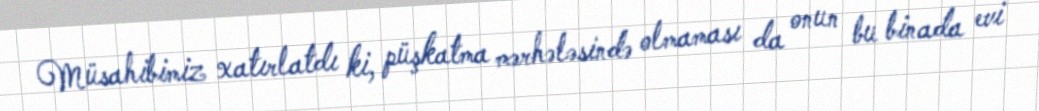
Müsahibimiz xatırlatdı ki, püşkatma mərhələsində olmaması da onun bu binada evi